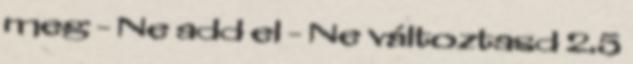
meg - Ne add el - Ne változtasd 2.5